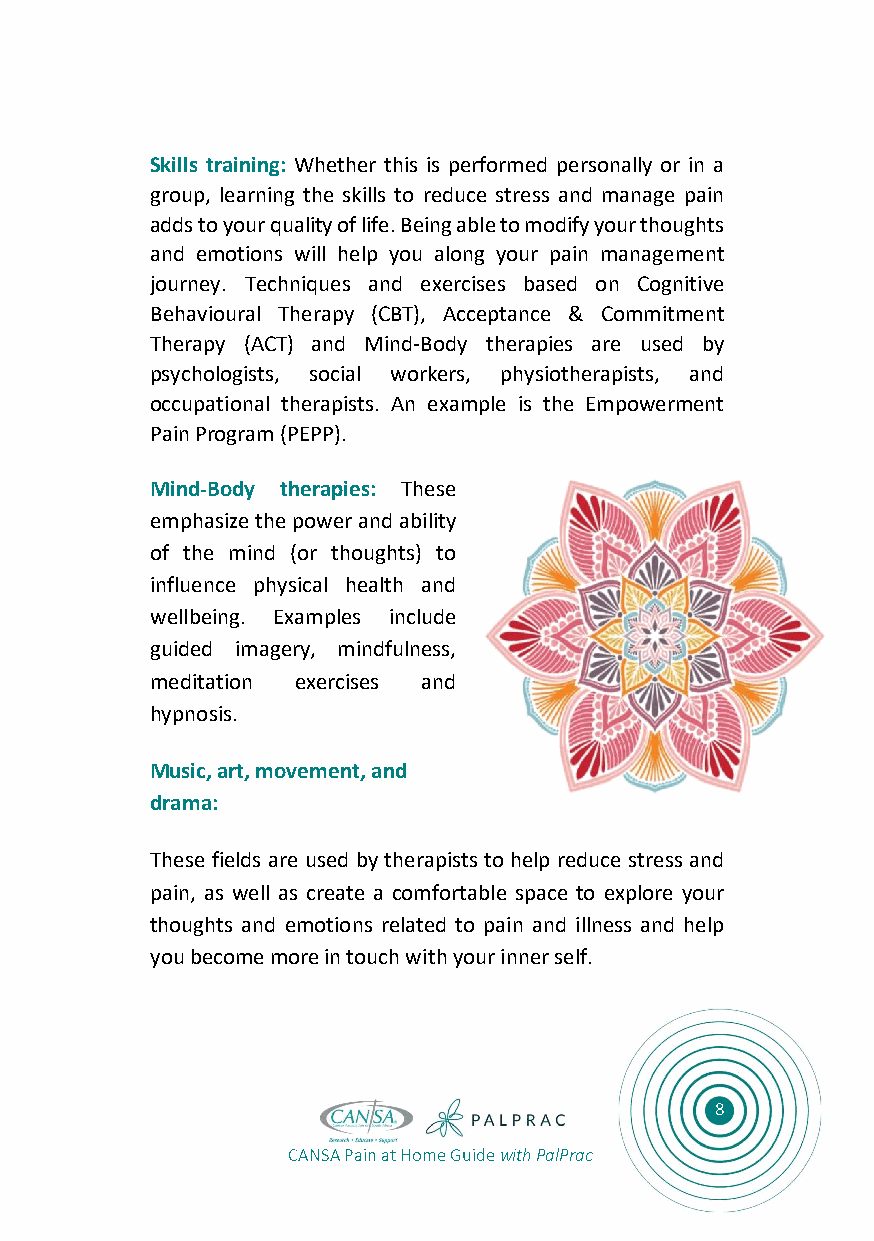
Skills training: Whether this is performed personally or in a
 group, learning the skills to reduce stress and manage pain
 adds to your quality of life. Being able to modify your thoughts
 and emotions will help you along your pain management
 journey. Techniques and exercises based on Cognitive
 Behavioural Therapy (CBT), Acceptance & Commitment
 Therapy (ACT) and Mind-Body therapies are used by
 psychologists, social workers, physiotherapists, and
 occupational therapists. An example is the Empowerment
 Pain Program (PEPP).
 Mind-Body therapies: These
 emphasize the power and ability
 of the mind (or thoughts) to
 influence physical health and
 wellbeing. Examples include
 guided imagery, mindfulness,
 meditation exercises and
 hypnosis.
 Music, art, movement, and
 drama:
 These fields are used by therapists to help reduce stress and
 pain, as well as create a comfortable space to explore your
 thoughts and emotions related to pain and illness and help
 you become more in touch with your inner self.
 8
 CANSA Pain at Home Guide with PalPrac